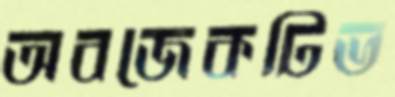
অবজেকটিভ